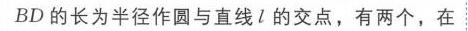
$BD$的长为半径作圆与直线$l$的交点，有两个，在